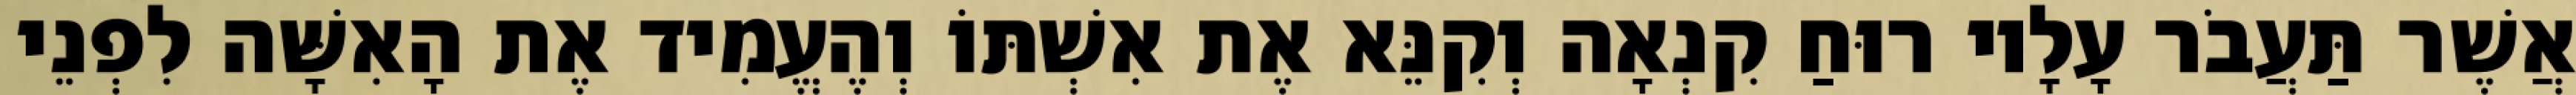
אֲשֶׁר תַּעֲבֹר עָלָיו רוּחַ קִנְאָה וְקִנֵּא אֶת אִשְׁתּוֹ וְהֶעֱמִיד אֶת הָאִשָּׁה לִפְנֵי